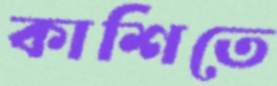
কাশিতে